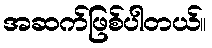
အဆက်ဖြစ်ပါတယ်။